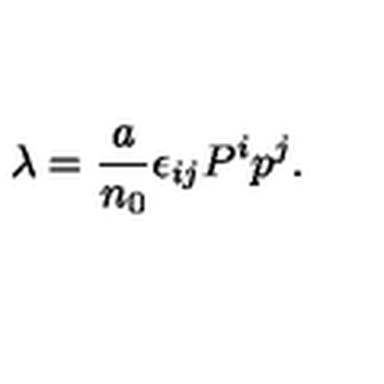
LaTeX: \lambda = { \frac { a } { n _ { 0 } } } \epsilon _ { i j } P ^ { i } p ^ { j } .